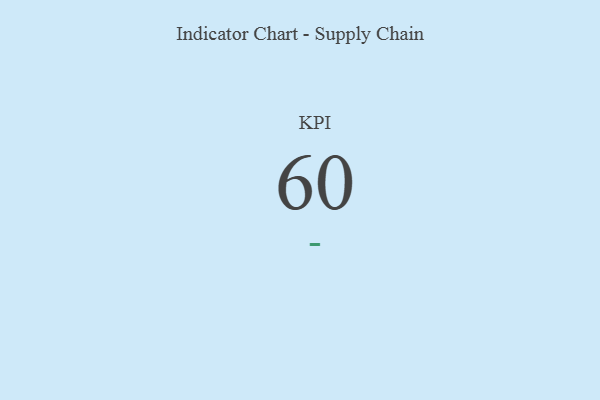
{"axis": {"x": "KPI", "y": "Value"}, "legend": [""], "data": [{"x": "KPI", "y": 60, "type": ""}]}